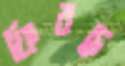
ফিরছ